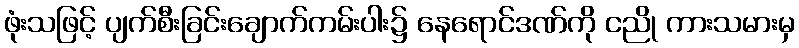
ဖုံးသဖြင့် ပျက်စီးခြင်းချောက်ကမ်းပါး၌ နေရောင်ဒဏ်ကို ငညို ကားသမားမှ